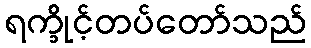
ရက္ခိုင့်တပ်တော်သည်